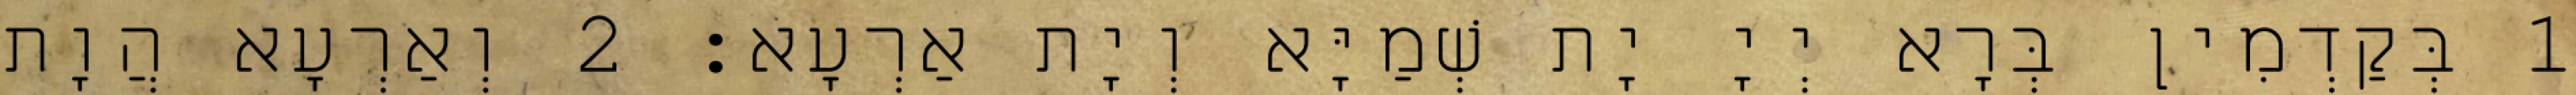
1 בְּקַדְמִין בְּרָא יְיָ יָת שְׁמַיָּא וְיָת אַרְעָא׃ 2 וְאַרְעָא הֲוָת